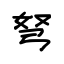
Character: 弩